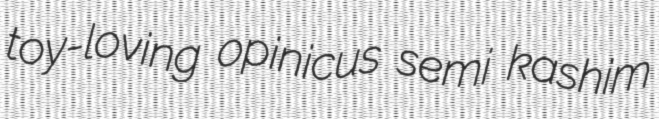
toy-loving opinicus semi kashim